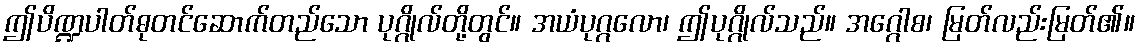
ဤပိဏ္ဍပါတ်ဓုတင်ဆောက်တည်သော ပုဂ္ဂိုလ်တို့တွင်။ အယံပုဂ္ဂလော၊ ဤပုဂ္ဂိုလ်သည်။ အဂ္ဂေါစ၊ မြတ်လည်းမြတ်၏။